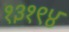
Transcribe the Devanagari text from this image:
१३१९४